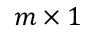
m \times 1